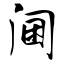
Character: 阃